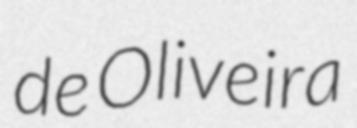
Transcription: de Oliveira